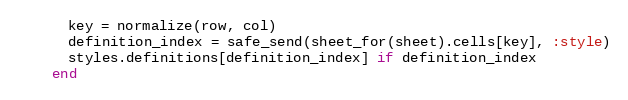
Language: Ruby
      key = normalize(row, col)
      definition_index = safe_send(sheet_for(sheet).cells[key], :style)
      styles.definitions[definition_index] if definition_index
    end